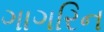
ગાગરિન